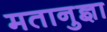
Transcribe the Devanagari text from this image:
मतानुज्ञा